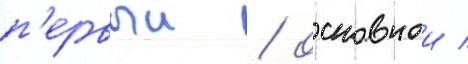
п'ервыи / основнои /